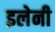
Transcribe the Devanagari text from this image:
इलेनी